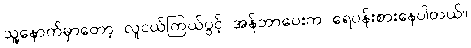
သူ့နောက်မှာတော့ လူငယ်ကြယ်ပွင့် အန်ဘာပေးက ရေပန်းစားနေပါတယ်။